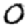
Digit: 0